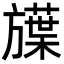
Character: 𬀗